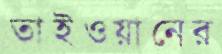
তাইওয়ানের